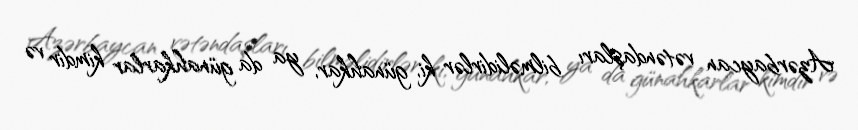
Azərbaycan vətəndaşları bilməlidirlər ki, günahkar, ya da günahkarlar kimdir və